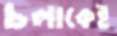
চলাকেই